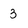
Character: 3